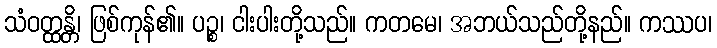
သံဝတ္ထန္တိ၊ ဖြစ်ကုန်၏။ ပဉ္စ၊ ငါးပါးတို့သည်။ ကတမေ၊ အဘယ်သည်တို့နည်။ ကဿပ၊